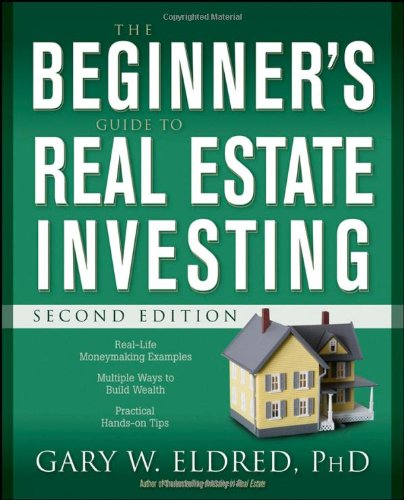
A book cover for The Beginner's Guide to Real Estate Investing, Second Edition; Gary W. Eldred; Business & Money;